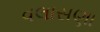
વલાસણા